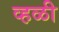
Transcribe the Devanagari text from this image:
व्हळी